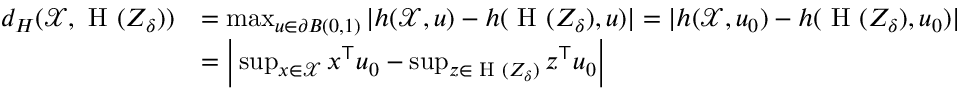
\begin{array} { r l } { d _ { H } ( \mathcal { X } , \textrm { H } ( Z _ { \delta } ) ) } & { = \operatorname* { m a x } _ { u \in \partial B ( 0 , 1 ) } | h ( \mathcal { X } , u ) - h ( \textrm { H } ( Z _ { \delta } ) , u ) | = | h ( \mathcal { X } , u _ { 0 } ) - h ( \textrm { H } ( Z _ { \delta } ) , u _ { 0 } ) | } \\ & { = \bigg | \operatorname* { s u p } _ { x \in \mathcal { X } } x ^ { \top } u _ { 0 } - \operatorname* { s u p } _ { z \in \textrm { H } ( Z _ { \delta } ) } z ^ { \top } u _ { 0 } \bigg | } \end{array}